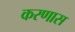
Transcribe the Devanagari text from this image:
करणास